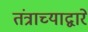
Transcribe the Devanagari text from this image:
तंत्राच्याद्वारे